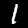
Label: 1